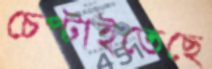
চেপ্‌টাইতেছে